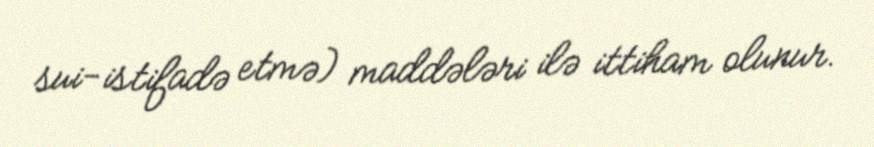
sui-istifadə etmə) maddələri ilə ittiham olunur.